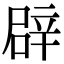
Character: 辟